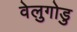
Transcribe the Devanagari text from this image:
वेलुगोडु